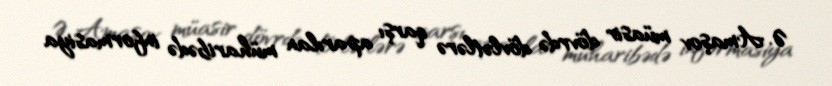
Ə. Amaşov müasir dövrdə dövlətlərə qarşı aparılan müharibədə informasiya